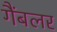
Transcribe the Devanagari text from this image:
गैंबलर